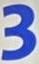
3